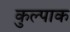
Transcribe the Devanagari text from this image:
कुल्पाक